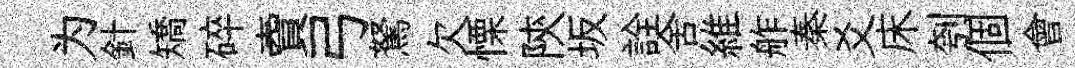
为針矯碎𧶠弓駑欠慄陝坂詮舍維舴秦爻床刳個會